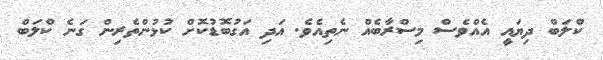
ކްލަބް ދިޔައީ އެއްވެސް މިސްރާބެއް ނެތިއެވެ. އަދި އަގުބޮޑުކޮށް ކުޅުންތެރިން ގަނެ ކްލަބް